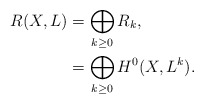
\begin{align*}R(X,L) &= \bigoplus_{k \geq 0} R_k, \\ &= \bigoplus_{k \geq 0} H^0(X,L^k).\end{align*}